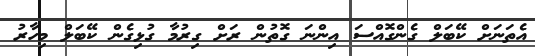
އެތަނަށް ކޭބަލް ގެންގޮއްސަ އިންނަ ގޮތުން ރަށް ގިރުމާ ގުޅިގެން ކޭބަލް މިހާރު